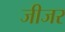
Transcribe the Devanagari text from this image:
जीजर